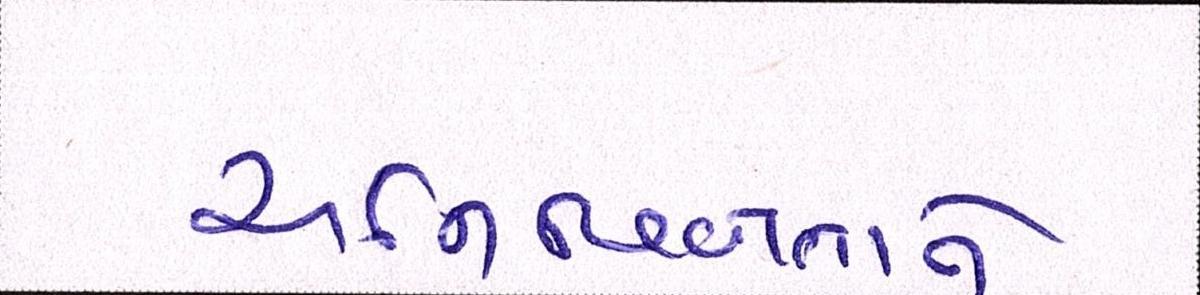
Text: અનિશ્ચિતતાને